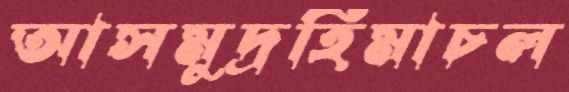
আসমুদ্রহিমাচল